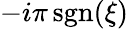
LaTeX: -i\pi\operatorname{sgn}(\xi)